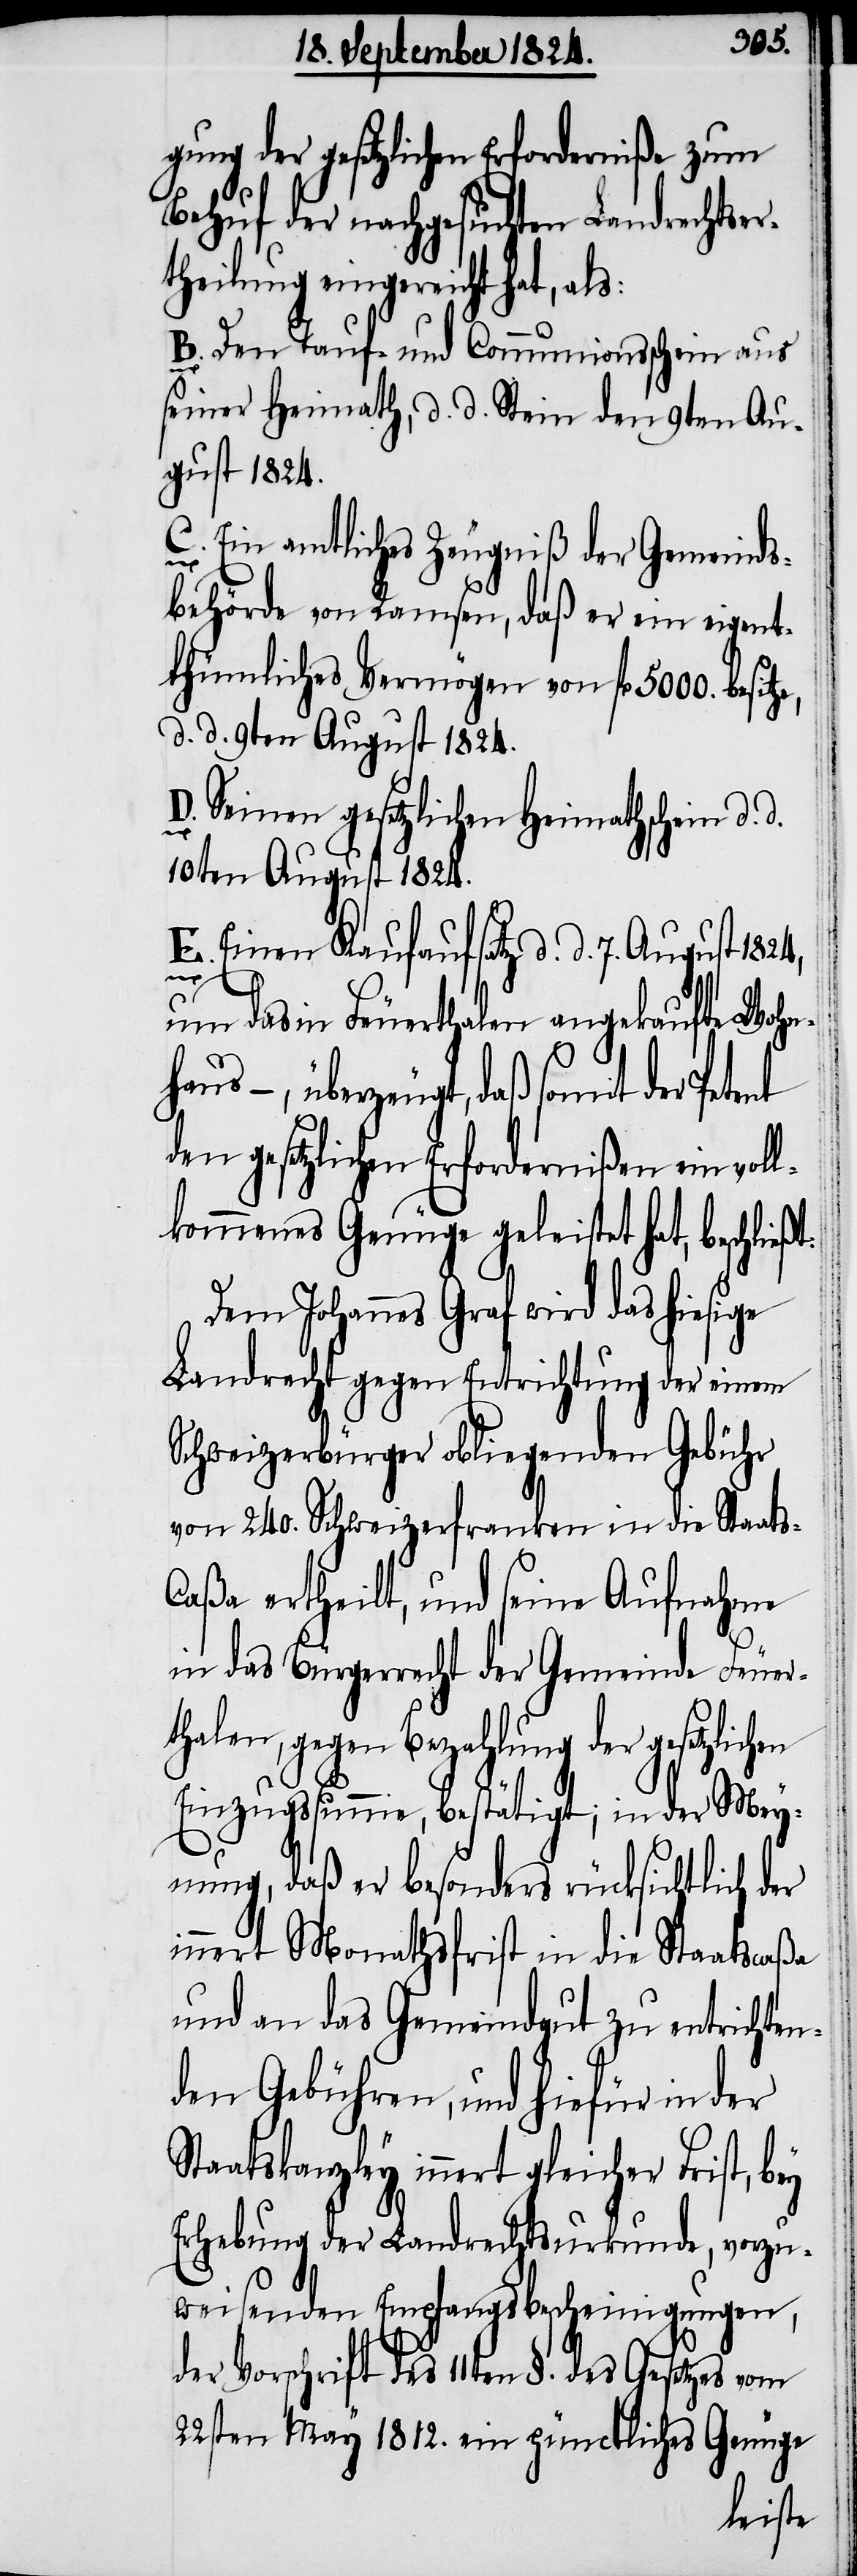
gung der gesetzlichen Erforderniße zum
Behuf der nachgesuchten Landrechtser¬
theilung eingereicht, als:
Den Tauf- und Communionsschein aus
seiner Heimath, d. d. Stein den 9ten Au¬
gust 1824.
C. Ein amtliches Zeugniß der Gemeinds¬
d.
behörde von Ramsen, daß er ein eigen¬
thümliches Vermögen von fl 5000. besitz¬
d. d. 9ten August 1824.
D. Seinen gesetzlichen Heimathschein d.
10ten August 1824.
E. Einen Kaufaufsatz d. d. 7. August 1824,
en
t:
um das in Feuerthalen angekaufte Wohn¬
überzeugt, daß somit der
den gesetzlichen Erfordernißen ein voll¬
kommenes Genüge geleistet hat, beschließ¬
Dem Johannes Graf wird das hie¬
Landrecht gegen Entrichtung der einem
Schweigerbürger obliegenden Gebühr
von 240. Schweizerfranken in die Staats-C¬
aßa ertheilt, und seine Aufnahme
in das Bürgerrecht der Gemeinde Feuer¬
thalen, gegen Bezahlung der gesetzlich¬
Einzugssumme, bestätigt; in der Mey¬
nung, daß er besonders rücksichtlich der
innert Monathsfrist in die Staatscaßa
und an das Gemeindgut zu entrichten¬
den Gebühren, und hiefür in der
Staatskanzley innert gleicher Frist, bey
Erhebung der Landrechtsurkunde, vorzu¬
weisendes Empfangsbescheinigungen,
der Vorschrift des 11ten §. des Gesetzes vom
22sten May 1812. ein pünctliches Genüge